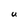
Character: U